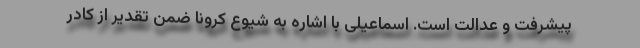
پیشرفت و عدالت است. اسماعیلی با اشاره به شیوع کرونا ضمن تقدیر از کادر